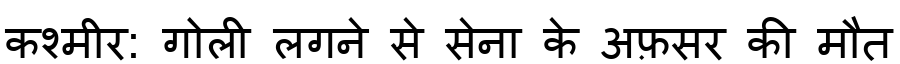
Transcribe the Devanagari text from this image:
कश्मीर: गोली लगने से सेना के अफ़सर की मौत